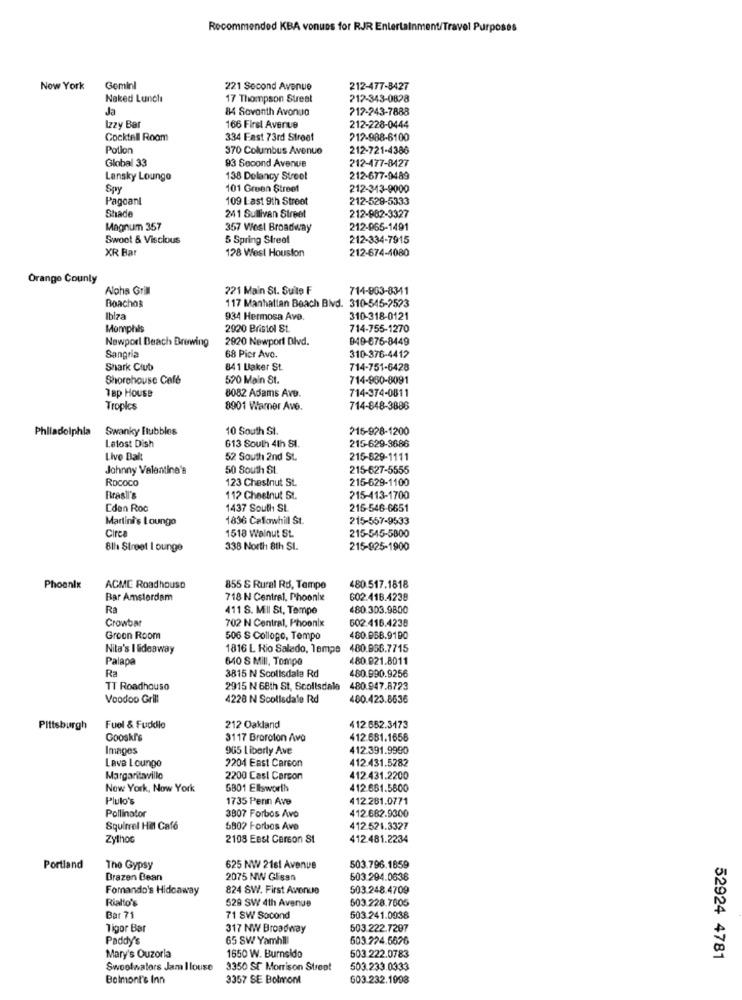
Recommended KBA venues for RJR Entertainment/Travel Purposes
Now York
Gemini
221 Second Avenue
212-477-8427
Naked Lunch
17 Thompson Street
212-343-0828
Ja
84 Sovanth Avonulo
712-243-7888
Izzy Bar
166 First Avenue
212-228-0444
Cocktell Room
334 Fast 73rd Street
212-988-6100
Potion
370 Columbus Avenue
212-721-4386
Global 33
93 Second Avenue
212-477-8427
Lansky Lounge
138 Delancy Street
212-677-9489
Spy
101 Green Street
212-343-9000
Pagoant
109 Last 9th Street
212-528-5333
Shade
241 Sullivan Street
212-982-3327
Magnum 357
357 West Broadway
212-965-1491
Swoot & Viscious
5 Spring Street
212-334-7915
XR Bar
128 West Houston
212-674-4080
Orange County
Aloha Grill
221 Main St. Suite F
714-863-8341
Boachos
117 Manhattan Beach Blvd. 310-545-2523
Ibiza
934 Hermosa Ave.
310-318-0121
Memphis
2920 Bristol St.
714-755-1270
Newport Beach Brewing
2920 Newport Dlvd.
949-676-8449
Sangria
68 Pior Avo.
310-376-4412
Shark Club
841 Laker St.
714-751-6428
Shorehouse Cafe
520 Main St.
714-960-8091
Tap House
8082 Adams AvB.
714-374-0811
Tropics
8901 Warner Ave.
714-848-3886
Philadelphia
Swanky Itubbles
10 South St.
215-928-1200
Letost Dish
613 South 4th St.
215-629-9686
Live Dalt
52 South 2nd St.
215-629-1111
Johnny Valentine's
50 South St
215-627-5555
ROCOCO
123 Chestnut St.
215-629-1100
Brasil's
112 Chestnut St.
215-413-1700
Eden Roc
1437 South St.
215-546-6651
Martini's Lounge
1836 Callowhill St.
215-557-9533
Cire
1518 Walnut St.
215-545-5800
8th Street I ounge
338 North 8th St.
215-925-1900
Phoenix
ACME Roadhouse
855 S Rural Rd, Tempe
480.517.1818
Bar Amsterdam
718 N Central, Phoonle
602.416.4238
Ra
411 S. MII SI, Tempe
480.303.9800
Crowbar
702 N Central, Phoenix
602.416.4238
Groon Room
506 S Collogo, Tempo
480.958.9190
Nita's I Sideaway
1816 L Rio Salado, lempe
480.966.7715
Palapa
640 S Mill, Tompa
480.921.8011
Ra
3815 N Scolisdala Rd
480.990.9256
TT Roadhouse
2915 N 68th St, Scolisdala 480.947.8723
Voodoo Grill
4228 N Scolisdate Rd
480.423.8636
Pittsburgh
Fuel & Fuddle
212 Oakland
412 652.3173
Gooskl's
3117 Broroton /\o
412.681.1656
Images
965 Liberty Ave
412.391.9990
412 431.5282
Lave Lounge
2204 East Carcon
Margaritavillo
2200 Cast Carson
412.431.2200
Now York, Now York
5801 Ellsworth
412.661.5600
Pluto's
1735 Penn Ave
412.281.0771
412.682.9300
Pollinator
3807 Forbos Avo
Squirrel Hill Café
5802 Forbes Ave
412.521.3327
Zylhoc
2108 Eest Carson 81
412 481.2234
Portland
The Gypsy
625 NW 21el Avenue
503.796.1859
Brazen Bean
2075 NW Glisan
503.294.0636
Fomando's Hideaway
824 SW. First Avenue
503.248.4709
Rialto's
529 SW 4th Avenue
503.228.7605
Bar 71
71 SW Socond
603.241.0938
Tigor Bar
317 NWV Broadway
503.222.7287
Paddy's
65 SW Yamhill
603.224.5626
Mary's Ouzorla
1650 W. Burnside
503 222.0783
52924 4781
Swoolwaters Jam Ilouse
3350 SE Morrison Strep!
503.233.0333
Bolmont's Inn
3357 SE Bolmont
603.232.1008